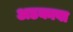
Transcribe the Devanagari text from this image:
अडकावा